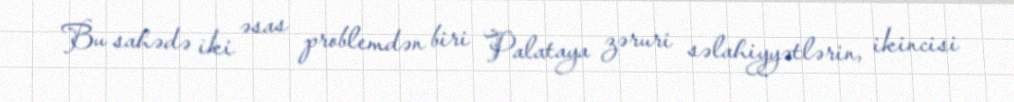
Bu sahədə iki əsas problemdən biri Palataya zəruri səlahiyyətlərin, ikincisi